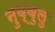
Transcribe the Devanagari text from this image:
नुव्वुलु